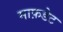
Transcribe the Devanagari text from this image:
माफ़डेट